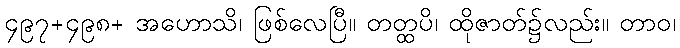
၄၉၇+၄၉၈+ အဟောသိ၊ ဖြစ်လေပြီ။ တတ္ထပိ၊ ထိုဇာတ်၌လည်း။ တာဝ၊